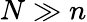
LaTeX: N\gg n